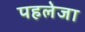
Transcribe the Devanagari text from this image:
पहलेजा